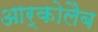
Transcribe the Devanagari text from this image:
आर्कोलैब